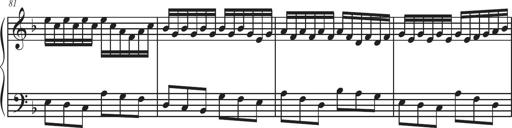
Title: Sonatina Espania
Composer: Jerald Franklin Archer
Key: Various